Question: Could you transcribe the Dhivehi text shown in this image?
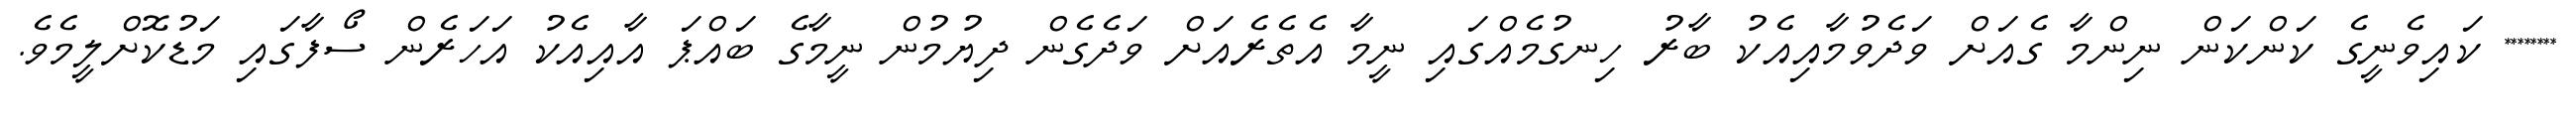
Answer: ******** ކައިވެނީގެ ކަންކަން ނިންމާ ގެއަށް ވަދެވުމާއިއެކު ބާރު ހިނގުމެއްގައި ނީމާ އެތެރެއަށް ވަދެގެން ދިޔުމުން ނީމާގެ ބައްޕަ އާއިއެކު އަހަރެން ސޯފާގައި މަޑުކޮށްލީމެވެ.